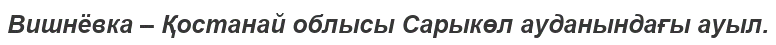
Вишнёвка – Қостанай облысы Сарыкөл ауданындағы ауыл.